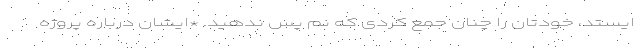
ایستد، خودتان را چنان جمع کردی که نم پس ندهید. *ایشان درباره پروژه